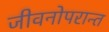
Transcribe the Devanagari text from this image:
जीवनोपरान्त